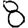
Digit: 8